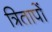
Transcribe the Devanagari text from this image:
त्रितापों